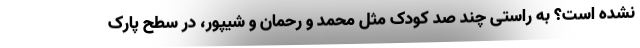
نشده است؟ به راستی چند صد کودک مثل محمد و رحمان و شیپور، در سطح پارک